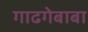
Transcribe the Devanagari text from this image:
गाढगेबाबा